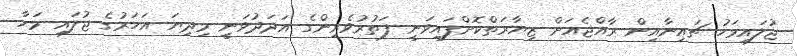
ޖުލައިމަހު ޗައިނާއިން ރާއްޖެއަށް ޒިޔާރަތްކޮށްފައިވަނީ ފަތުރުވެރިންގެ އަދަދުވަނީ މިދިޔަ އަހަރުގެ ޖުލައި މަހާ